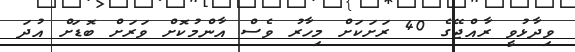
ވިދާޅުވީ ރާއްޖޭގެ 40 ރަަށަކަށް މިހާރު ވެސް އާންމުކޮށް ވަރަށް ބޮޑަށް އުދަ